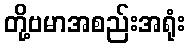
တို့ဗမာအစည်းအရုံး